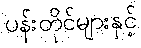
ပန်းတိုင်များနှင့်